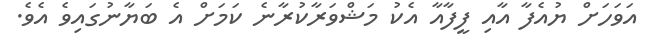
އަވަހަށް ޔުއެފާ އާއި ފީފާއާ އެކު މަޝްވަރާކުރާނެ ކަމަށް އެ ބަޔާނުގައިވެ އެވެ.